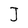
Character: J